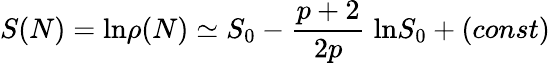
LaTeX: S(N)=\mathrm{ln}\rho(N)\simeq S_{0}-\frac{p+2}{2p}\; \mathrm{ln}S_{0}+(const)